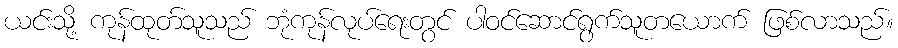
ယင်းသို့ ကုန်ထုတ်သူသည် ဘုံကုန်လုပ်ရေးတွင် ပါဝင်ဆောင်ရွက်သူတယောက် ဖြစ်လာသည်။